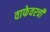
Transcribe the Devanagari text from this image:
वाफेवरची